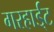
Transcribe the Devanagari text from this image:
गरहार्ड्‌ट